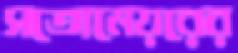
সতোমেয়রের